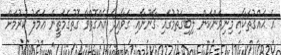
އެ ޙައްޤުތަކާއި މިނިވަންކަން ލިބިގަތުމުގައި ޤާނޫނާއި ގަވާއިދާ އެއްގޮތްވާ ގޮތުގެމަތީން ޢަމަލު ކުރުމަށް